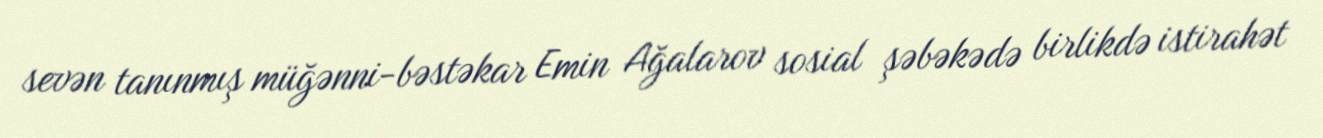
sevən tanınmış müğənni-bəstəkar Emin Ağalarov sosial şəbəkədə birlikdə istirahət